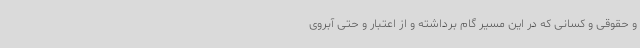
و حقوقی و کسانی که در این مسیر گام برداشته و از اعتبار و حتی آبروی